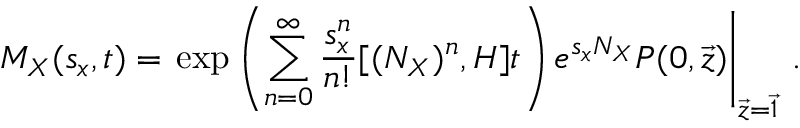
M _ { X } ( s _ { x } , t ) = \left. \exp \left( \sum _ { n = 0 } ^ { \infty } \frac { s _ { x } ^ { n } } { n ! } [ ( N _ { X } ) ^ { n } , H ] t \right) e ^ { s _ { x } N _ { X } } P ( 0 , \vec { z } ) \right| _ { \vec { z } = \vec { 1 } } \, .